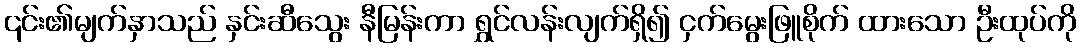
၎င်း၏မျက်နှာသည် နှင်းဆီသွေး နီမြန်းကာ ရွှင်လန်းလျက်ရှိ၍ ငှက်မွေးဖြူစိုက် ထားသော ဦးထုပ်ကို